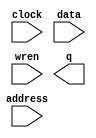
module ahfRISC521_ram1 (
	address,
	clock,
	data,
	wren,
	q);

	input	[9:0]  address;
	input	  clock;
	input	[13:0]  data;
	input	  wren;
	output	[13:0]  q;
`ifndef ALTERA_RESERVED_QIS
// synopsys translate_off
`endif
	tri1	  clock;
`ifndef ALTERA_RESERVED_QIS
// synopsys translate_on
`endif

endmodule